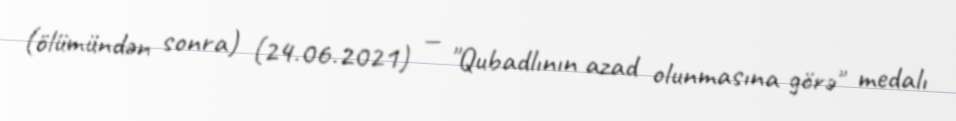
(ölümündən sonra) (24.06.2021) — "Qubadlının azad olunmasına görə" medalı